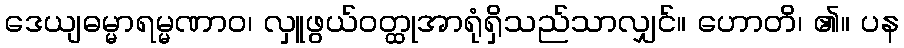
ဒေယျဓမ္မာရမ္မဏာဝ၊ လှူဖွယ်ဝတ္ထုအာရုံရှိသည်သာလျှင်။ ဟောတိ၊ ၏။ ပန